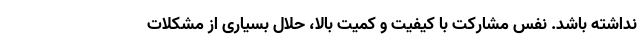
نداشته باشد. نفس مشارکت با کیفیت و کمیت بالا، حلال بسیاری از مشکلات